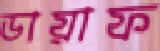
ডায়াফ